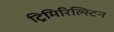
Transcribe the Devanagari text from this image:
ट्रिमिरिल्स्टिन